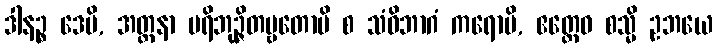
ဒါနဉ္စ ဒေမိ, အတ္တနာ ပရိဘုဉ္ဇိတဗ္ဗတောပိ စ သံဝိဘာဂံ ကရောမိ, ဧတ္ထေဝ စသ္မိ ဥဘယေ